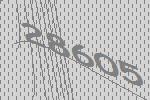
28605